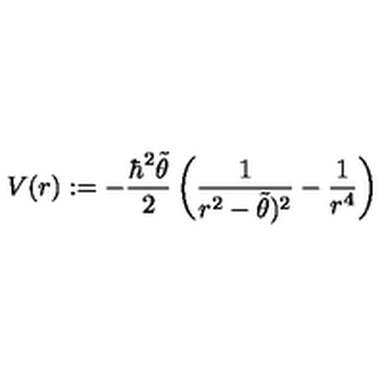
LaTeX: V ( r ) : = - \frac { \hbar ^ { 2 } \tilde { \theta } } { 2 } \left( \frac { 1 } { r ^ { 2 } - \tilde { \theta } ) ^ { 2 } } - \frac { 1 } { r ^ { 4 } } \right)